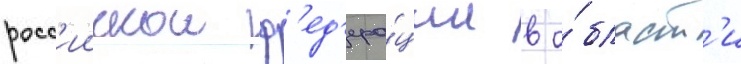
росс'иискои ф'ед'ера́ции в о́бласт'и